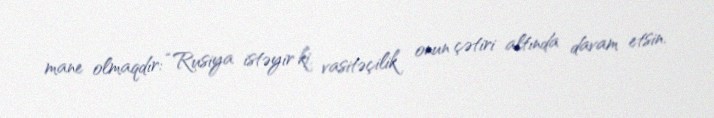
mane olmaqdır: “Rusiya istəyir ki, vasitəçilik onun çətiri altında davam etsin.